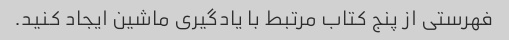
فهرستی از پنج کتاب مرتبط با یادگیری ماشین ایجاد کنید.